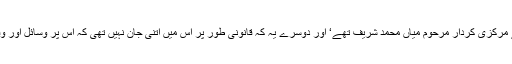
ایک تو یہ کہ اس کے مرکزی کردار مرحوم میاں محمد شریف تھے‘ اور دوسرے یہ کہ قانونی طور پر اس میں اتنی جان نہیں تھی کہ اس پر وسائل اور وقت ضائع کئے جاتے۔